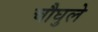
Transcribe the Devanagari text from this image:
चौघुले